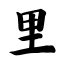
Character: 里